Report of the Municipal Commissioner on the plague in Bombay for the year ending 31st May... - Volume 2
Disease focus: Plague
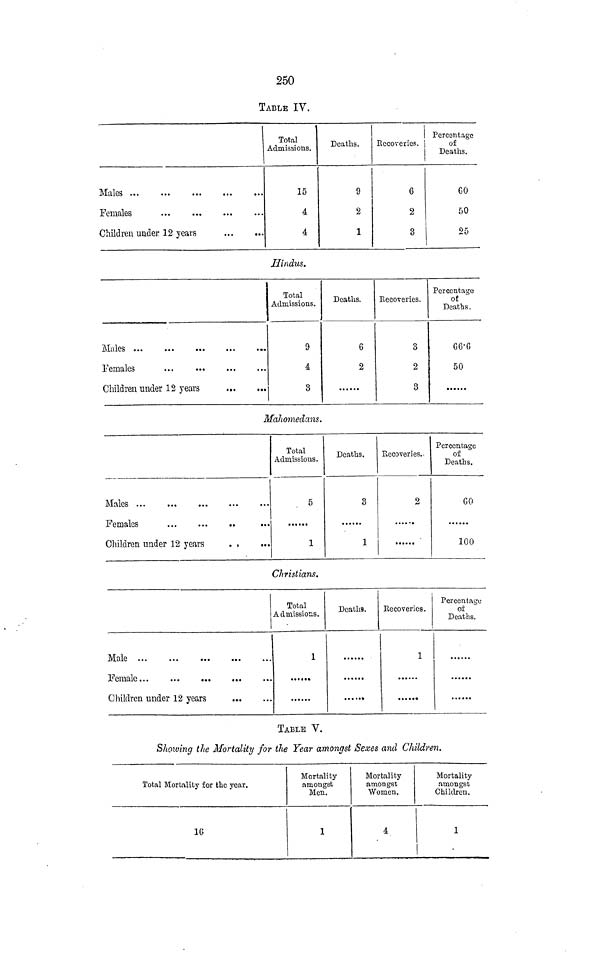
250
TABLE IV.
Males
Females
Children under 12 years
Total
Admissions.
15
4
4
Deaths.
9
2
1
Recoveries.
6
2
3
Percentage
of
Deaths.
GO
50
25
Hindus.
}
Males
Females
...
...
Children under 12 years
Total
Admissions.
9
4
3
Deaths.
6
2
Recoveries.
3
2
3
Percentage
of
Deaths.
G6-G
50
Maliomedcms.
Males ...
Females
Children under 12 years
. ,
Total
Admissions.
5
......
1
Deaths.
3
1
Recoveries.
2
Percentage
of
Deaths.
GO
100
Christians.
Male
Female
Children under 12 years
Total
Admissions.
1
Deaths.
i
Recoveries.
1
Percentage
of
Deaths.
». ...
TABLE V.
Showing the Mortality for the Year amongst Sexes and Children.
Total Mortality for the year.
16
Mortality
amongst
Men.
1
Mortality
amongst
Women.
4
Mortality
amongst
Children.
1